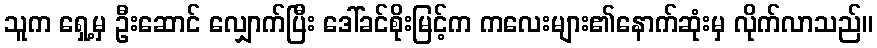
သူက ရှေ့မှ ဦးဆောင် လျှောက်ပြီး ဒေါ်ခင်စိုးမြင့်က ကလေးများ၏နောက်ဆုံးမှ လိုက်လာသည်။